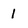
Character: 1